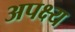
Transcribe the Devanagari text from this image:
अपक्ष्य